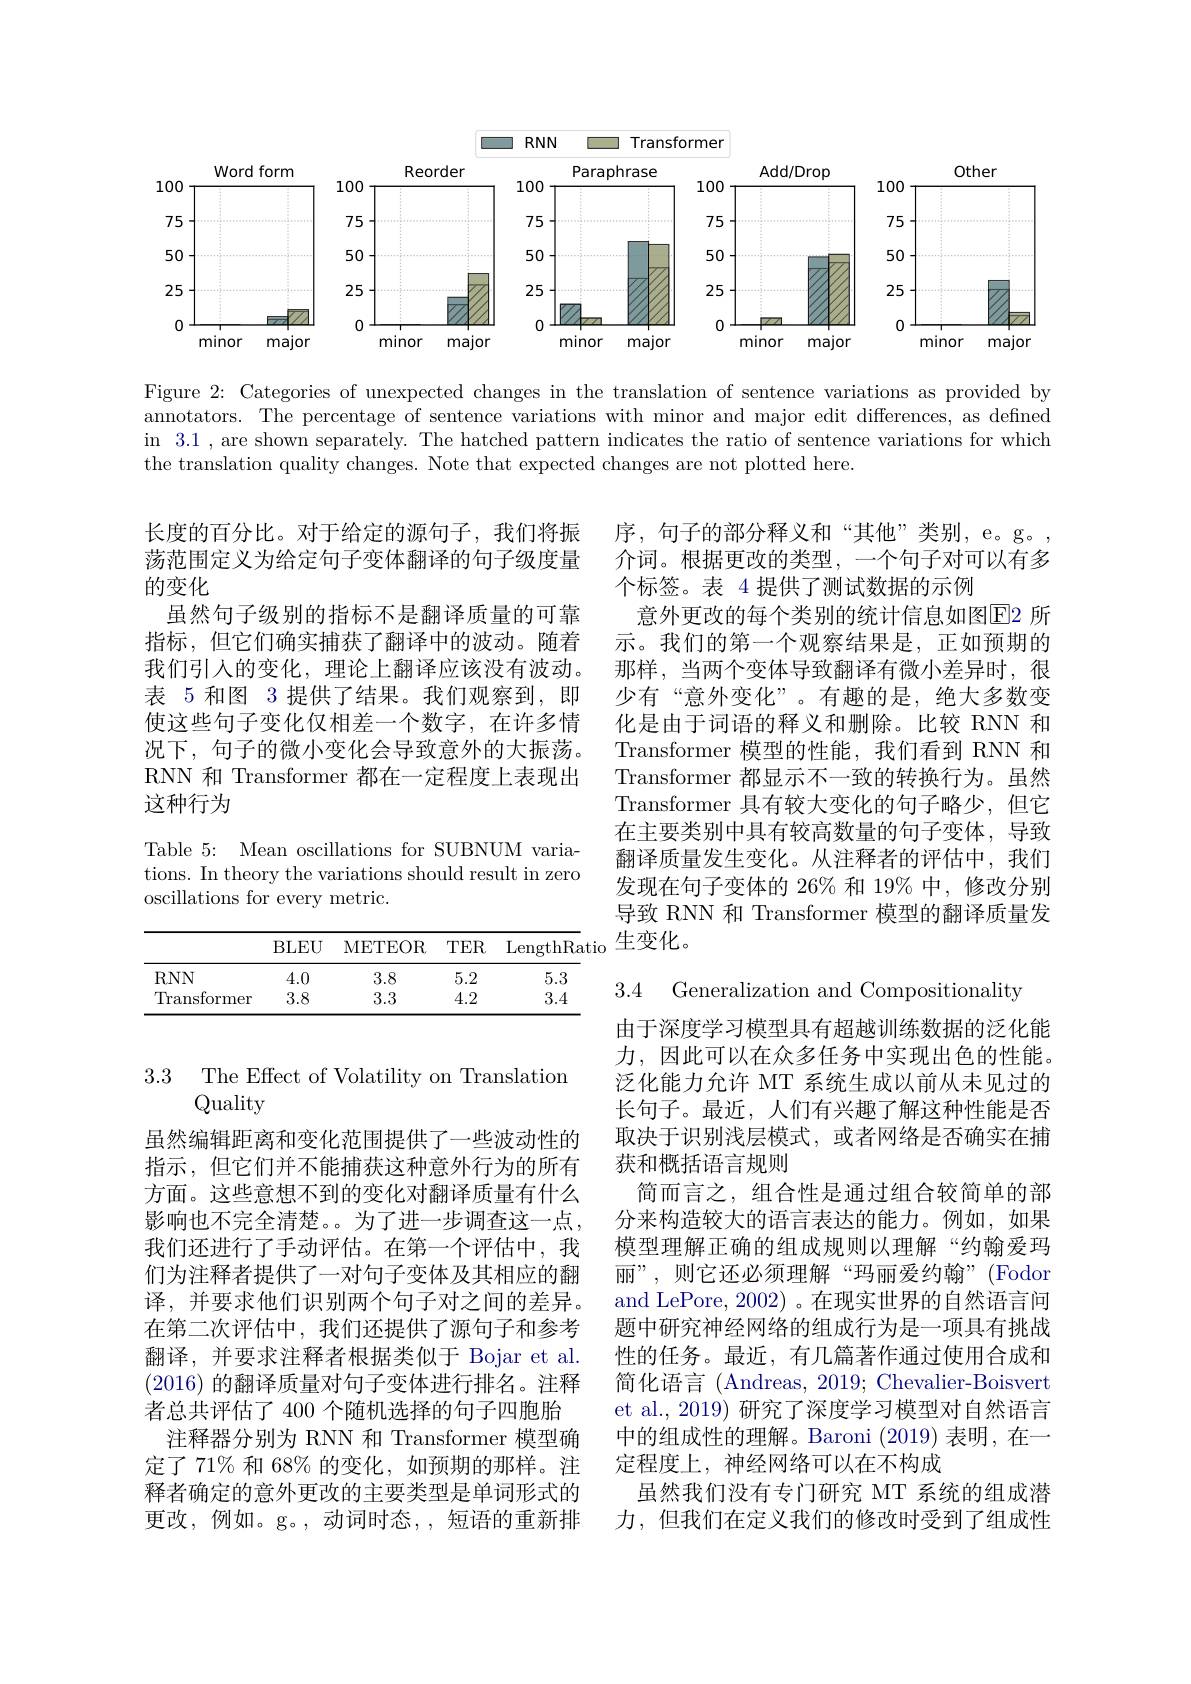
<FigureHere>

Figure 2: Categories of unexpected changes in the translation of sentence variations as provided by annotators. The percentage of sentence variations with minor and major edit differences, as defined in 3.1 , are shown separately. The hatched pattern indicates the ratio of sentence variations for which the translation quality changes. Note that expected changes are not plotted here.

长度的百分比。对于给定的源句子，我们将振荡范围定义为给定句子变体翻译的句子级度量的变化
虽然句子级别的指标不是翻译质量的可靠指标，但它们确实捕获了翻译中的波动。随着我们引人的变化，理论上翻译应该没有波动。表 5 和图 3 提供了结果。我们观察到，即使这些句子变化仅相差一个数字，在许多情况下，句子的微小变化会导致意外的大振荡。RNN 和 Transformer 都在一定程度上表现出这种行为

序，句子的部分释义和“其他”类别，e。g。, 介词。根据更改的类型，一个句子对可以有多个标签。表 4 提供了测试数据的示例
意外更改的每个类别的统计信息如图$\overline{\mathrm{E}}$2 所示。我们的第一个观察结果是，正如预期的那样，当两个变体导致翻译有微小差异时，很少有“意外变化”。有趣的是，绝大多数变化是由于词语的释义和删除。比较 RNN 和Transformer 模型的性能，我们看到 RNN 和Transformer 都显示不一致的转换行为。虽然Transformer 具有较大变化的句子略少，但它在主要类别中具有较高数量的句子变体，导致翻译质量发生变化。从注释者的评估中，我们发现在句子变体的 26% 和 19% 中，修改分别导致 RNN 和 Transformer 模型的翻译质量发生变化。

Table 5: Mean oscillations for SUBNUM variations. In theory the variations should result in zero oscillations for every metric.

<table>
	<tbody>
		<tr>
			<th> </th>
			<th>BLEU</th>
			<th>METEOR</th>
			<th>$TER$</th>
			<th>LengthRat</th>
		</tr>
		<tr>
			<td>$RNN$</td>
			<td>4.0</td>
			<td>3.8</td>
			<td>5.2</td>
			<td>5.3</td>
		</tr>
		<tr>
			<td>Transformer</td>
			<td>3.8</td>
			<td>3.3</td>
			<td>4.2</td>
			<td>3.4</td>
		</tr>
	</tbody>
</table>

3.4 Generalization and Compositionality

### 3.3 The Effect of Volatility on Translatior Quality

由于深度学习模型具有超越训练数据的泛化能力，因此可以在众多任务中实现出色的性能。泛化能力允许 MT 系统生成以前从未见过的长句子。最近，人们有兴趣了解这种性能是否取决于识别浅层模式，或者网络是否确实在捕获和概括语言规则
简而言之，组合性是通过组合较简单的部分来构造较大的语言表达的能力。例如，如果模型理解正确的组成规则以理解“约翰爱玛丽”,则它还必须理解“玛丽爱约翰”(Fodor and LePore, 2002) 。在现实世界的自然语言问题中研究神经网络的组成行为是一项具有挑战性的任务。最近，有几篇著作通过使用合成和简化语言(Andreas, 2019; Chevalier-Boisvert et al., 2019) 研究了深度学习模型对自然语言中的组成性的理解。Baroni (2019)表明，在一定程度上，神经网络可以在不构成
虽然我们没有专门研究 MT 系统的组成潜力，但我们在定义我们的修改时受到了组成性

虽然编辑距离和变化范围提供了一些波动性的指示，但它们并不能捕获这种意外行为的所有方面。这些意想不到的变化对翻译质量有什么影响也不完全清楚。。为了进一步调查这一点， 我们还进行了手动评估。在第一个评估中，我们为注释者提供了一对句子变体及其相应的翻译，并要求他们识别两个句子对之间的差异。在第二次评估中，我们还提供了源句子和参考翻译，并要求注释者根据类似于 Bojar et al. (2016)的翻译质量对句子变体进行排名。注释者总共评估了 400 个随机选择的句子四胞胎
注释器分别为 RNN 和 Transformer 模型确定了 71% 和 68% 的变化，如预期的那样。注释者确定的意外更改的主要类型是单词形式的更改，例如。g。,动词时态，,短语的重新排